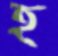
হ